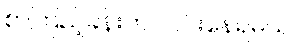
စာကြည့်ခန်းက လင်းနေရမယ်။